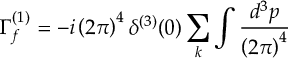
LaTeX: \Gamma _ { f } ^ { ( 1 ) } = - i \left( 2 \pi \right) ^ { 4 } \delta ^ { ( 3 ) } ( 0 ) \sum _ { k } \int \frac { d ^ { 3 } p } { \left( 2 \pi \right) ^ { 4 } }